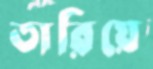
তারিয়ে